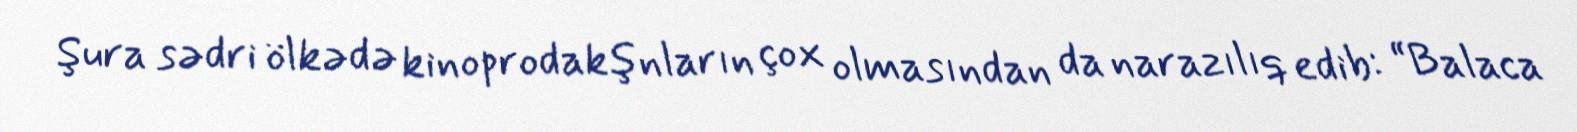
Şura sədri ölkədə kinoprodakşnların çox olmasından da narazılıq edib: “Balaca